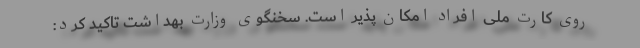
روی کارت ملی افراد امکان پذیر است. سخنگوی وزارت بهداشت تاکید کرد: